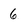
Character: 6